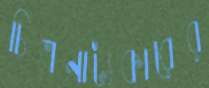
চিত্রনাট্যকারের